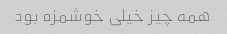
همه چیز خیلی خوشمزه بود